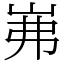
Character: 岪